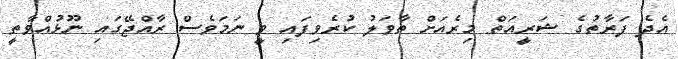
އެދެ ފަރާތުގެ ޝަރީއަތް މިރެއަށް ތާވަލު ކުރެވިފައި ވީ ނަމަވެސް ރާއްޖޭގައި ނޫޅުއްވާތީ